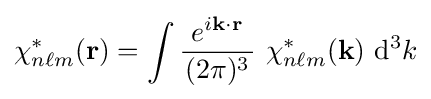
\chi _{n\ell m}^{*}({\mathbf {r} })=\int {\frac {~e^{i\mathbf {k} \cdot \mathbf {r} }~}{(2\pi )^{3}}}~\chi _{n\ell m}^{*}({\mathbf {k} })~\mathrm {d} ^{3}k